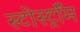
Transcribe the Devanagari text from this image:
स्टोर्स्ट्रॉम